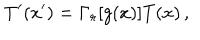
T ^ { \prime } ( x ^ { \prime } ) = \Gamma _ { r } [ g ( x ) ] T ( x ) \, ,